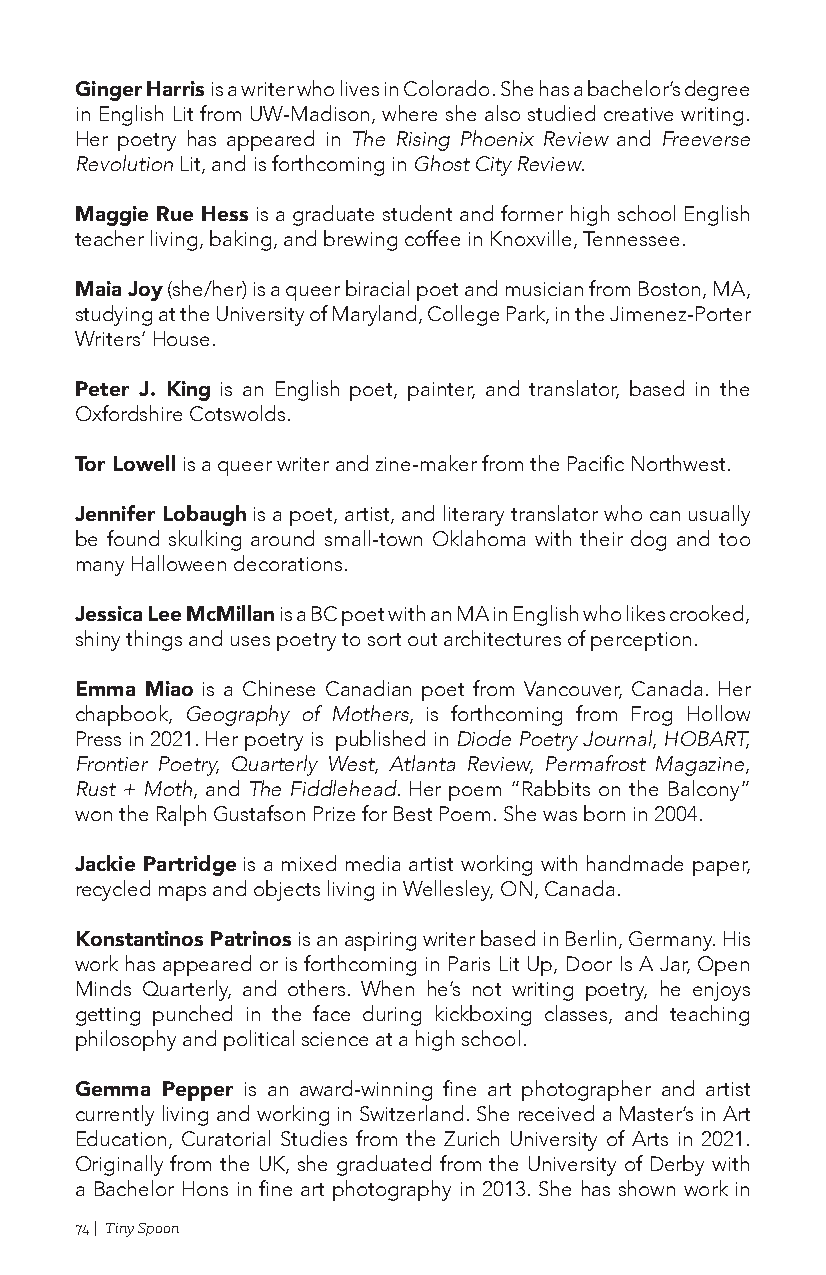
Ginger Harris is a writer who lives in Colorado. She has a bachelor’s degree
 in English Lit from UW-Madison, where she also studied creative writing.
 Her poetry has appeared in The Rising Phoenix Review and Freeverse
 Revolution Lit, and is forthcoming in Ghost City Review.
 Maggie Rue Hess is a graduate student and former high school English
 teacher living, baking, and brewing coffee in Knoxville, Tennessee.
 Maia Joy (she/her) is a queer biracial poet and musician from Boston, MA,
 studying at the University of Maryland, College Park, in the Jimenez-Porter
 Writers’ House.
 Peter J. King is an English poet, painter, and translator, based in the
 Oxfordshire Cotswolds.
 Tor Lowell is a queer writer and zine-maker from the Pacific Northwest.
 Jennifer Lobaugh is a poet, artist, and literary translator who can usually
 be found skulking around small-town Oklahoma with their dog and too
 many Halloween decorations.
 Jessica Lee McMillan is a BC poet with an MA in English who likes crooked,
 shiny things and uses poetry to sort out architectures of perception.
 Emma Miao is a Chinese Canadian poet from Vancouver, Canada. Her
 chapbook, Geography of Mothers, is forthcoming from Frog Hollow
 Press in 2021. Her poetry is published in Diode Poetry Journal, HOBART,
 Frontier Poetry, Quarterly West, Atlanta Review, Permafrost Magazine,
 Rust + Moth, and The Fiddlehead. Her poem “Rabbits on the Balcony”
 won the Ralph Gustafson Prize for Best Poem. She was born in 2004.
 Jackie Partridge is a mixed media artist working with handmade paper,
 recycled maps and objects living in Wellesley, ON, Canada.
 Konstantinos Patrinos is an aspiring writer based in Berlin, Germany. His
 work has appeared or is forthcoming in Paris Lit Up, Door Is A Jar, Open
 Minds Quarterly, and others. When he’s not writing poetry, he enjoys
 getting punched in the face during kickboxing classes, and teaching
 philosophy and political science at a high school.
 Gemma Pepper is an award-winning fine art photographer and artist
 currently living and working in Switzerland. She received a Master’s in Art
 Education, Curatorial Studies from the Zurich University of Arts in 2021.
 Originally from the UK, she graduated from the University of Derby with
 a Bachelor Hons in fine art photography in 2013. She has shown work in
 74 | Tiny Spoon